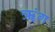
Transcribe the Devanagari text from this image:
ॠंग